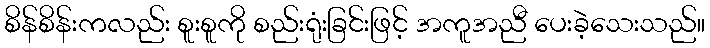
စိန်စိန်းကလည်း စူးစူကို စည်းရုံးခြင်းဖြင့် အကူအညီ ပေးခဲ့သေးသည်။